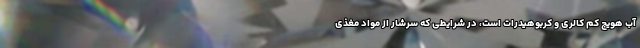
آب هویج کم کالری و کربوهیدرات است، در شرایطی که سرشار از مواد مغذی